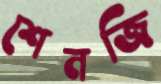
শেনজি